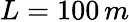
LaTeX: L=100\, m